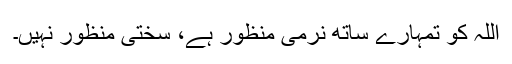
اللہ کو تمہارے ساتھ نرمی منظور ہے، سختی منظور نہیں۔